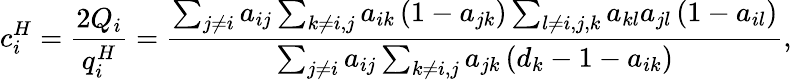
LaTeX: c_{i}^{H}=\frac{2Q_{i}}{q_{i}^{H}}=\frac{\sum_{j\neq i}a_{ij}\sum_{k\neq i,j}a_{ik}\left(1-a_{jk}\right)\sum_{l\neq i,j,k}a_{kl}a_{jl}\left(1-a_{il}\right)}{\sum_{j\neq i}a_{ij}\sum_{k\neq i,j}a_{jk}\left(d_{k}-1-a_{ik}\right)},